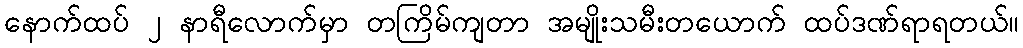
နောက်ထပ် ၂ နာရီလောက်မှာ တကြိမ်ကျတာ အမျိုးသမီးတယောက် ထပ်ဒဏ်ရာရတယ်။